Report of the Bombay Veterinary College
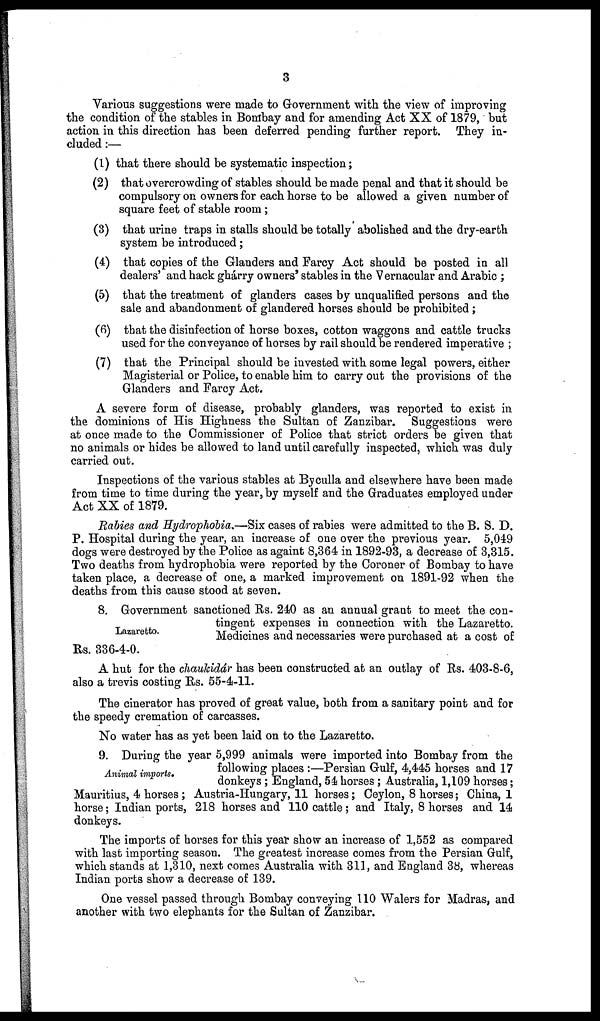
3
Various suggestions were made to Government with the view of improving
the condition of the stables in Bombay and for amending Act XX of 1879, but
action in this direction has been deferred pending further report. They in-
cluded :—
(1) that there should be systematic inspection;
(2) that overcrowding of stables should be made penal and that it should be
compulsory on owners for each horse to be allowed a given number of
square feet of stable room;
(3) that urine traps in stalls should be totally abolished and the dry-earth
system be introduced;
(4) that copies of the Glanders and Farcy Act should be posted in all
dealers' and hack ghárry owners' stables in the Vernacular and Arabic;
(5) that the treatment of glanders cases by unqualified persons and the
sale and abandonment of glandered horses should be prohibited;
(6) that the disinfection of horse boxes, cotton waggons and cattle trucks
used for the conveyance of horses by rail should be rendered imperative ;
(7) that the Principal should be invested with some legal powers, either
Magisterial or Police, to enable him to carry out the provisions of the
Glanders and Farcy Act.
A severe form of disease, probably glanders, was reported to exist in
the dominions of His Highness the Sultan of Zanzibar. Suggestions were
at once made to the Commissioner of Police that strict orders be given that
no animals or hides be allowed to land until carefully inspected, which was duly
carried out.
Inspections of the various stables at Byculla and elsewhere have been made
from time to time during the year, by myself and the Graduates employed under
Act XX of 1879.
Rabies and Hydrophobia.—Six cases of rabies were admitted to the B. S. D.
P. Hospital during the year, an increase of one over the previous year. 5,049
dogs were destroyed by the Police as againt 8,364 in 1892-93, a decrease of 3,315.
Two deaths from hydrophobia were reported by the Coroner of Bombay to have
taken place, a decrease of one, a marked improvement on 1891-92 when the
deaths from this cause stood at seven.
Lazaretto.
8. Government sanctioned Rs. 240 as an annual grant to meet the con-
tingent expenses in connection with the Lazaretto.
Medicines and necessaries were purchased at a cost of
Rs. 336-4-0.
A hut for the chaukidár has been constructed at an outlay of Rs. 403-8-6,
also a trevis costing Rs. 55-4-11.
The cinerator has proved of great value, both from a sanitary point and for
the speedy cremation of carcasses.
No water has as yet been laid on to the Lazaretto.
Animal imports.
9. During the year 5,999 animals were imported into Bombay from the
following places :—Persian Gulf, 4,445 horses and 17
donkeys; England, 54 horses; Australia, 1,109 horses;
Mauritius, 4 horses; Austria-Hungary, 11 horses; Ceylon, 8 horses; China, 1
horse; Indian ports, 218 horses and 110 cattle; and Italy, 8 horses and 14
donkeys.
The imports of horses for this year show an increase of 1,552 as compared
with last importing season. The greatest increase comes from the Persian Gulf,
which stands at 1,310, next comes Australia with 311, and England 38, whereas
Indian ports show a decrease of 139.
One vessel passed through Bombay conveying 110 Walers for Madras, and
another with two elephants for the Sultan of Zanzibar.